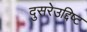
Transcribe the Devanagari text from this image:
दुसरेउद्दिष्ट